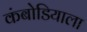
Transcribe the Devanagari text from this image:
कंबोडियाला